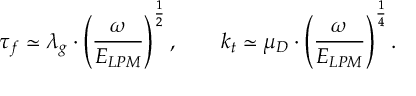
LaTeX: \tau _ { f } \simeq \lambda _ { g } \cdot \left( \frac { \omega } { E _ { L P M } } \right) ^ { \frac 1 2 } , \qquad k _ { t } \simeq \mu _ { D } \cdot \left( \frac { \omega } { E _ { L P M } } \right) ^ { \frac 1 4 } .